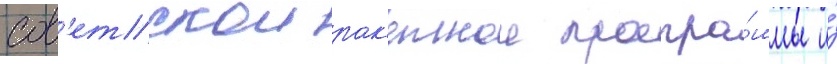
сов'етскои рак'етнои програ́ммы и́